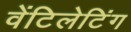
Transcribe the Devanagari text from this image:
वेंटिलेटिंग